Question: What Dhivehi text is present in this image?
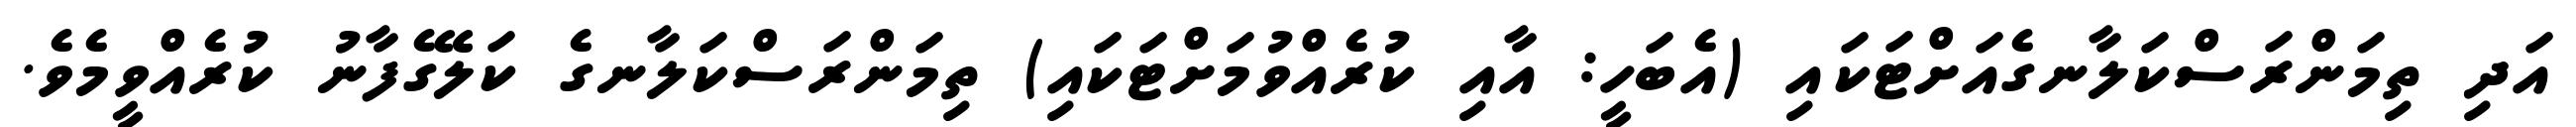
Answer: އަދި ތިމަންރަސްކަލާނގެއަށްޓަކައި (އެބަހީ: އާއި ކުރެއްވުމަށްޓަކައި) ތިމަންރަސްކަލާނގެ ކަލޭގެފާނު ކުރެއްވީމެވެ.